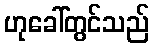
ဟုခေါ်တွင်သည်